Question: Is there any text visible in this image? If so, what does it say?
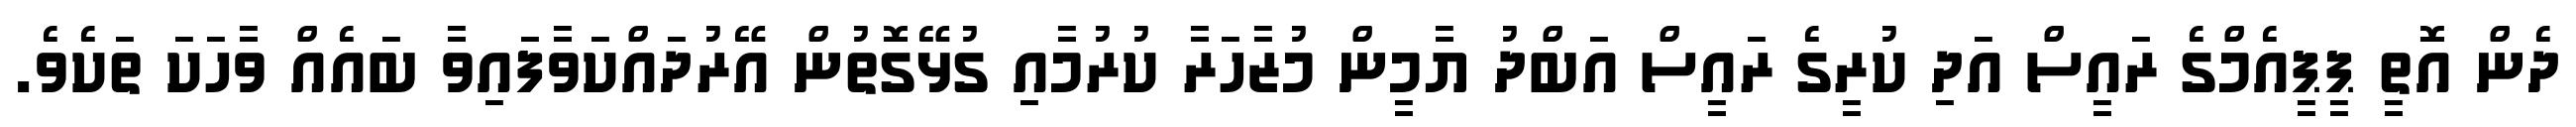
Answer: ދެން އޮތީ ޕީޕީއެމްގެ ރައީސް އަދި ކުރީގެ ރައީސް އަބްދު ޔާމީން މުޒާހަރާ ކުރުމާއި ގުޅޭގޮތުން އޭރުދައްކަވާފައިވާ ބައެއް ވާހަކަ ތަކެވެ.